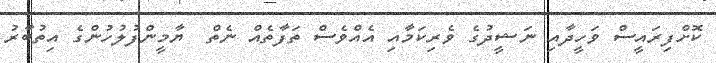
ކޮށްފިރައީސް ވަހީދާއި ނަޝީދުގެ ވެރިކަމާއި އެއްވެސް ތަފާތެއް ނެތް  ޔާމީންފުލުހުންގެ އިތުބާރު